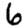
Digit: 6